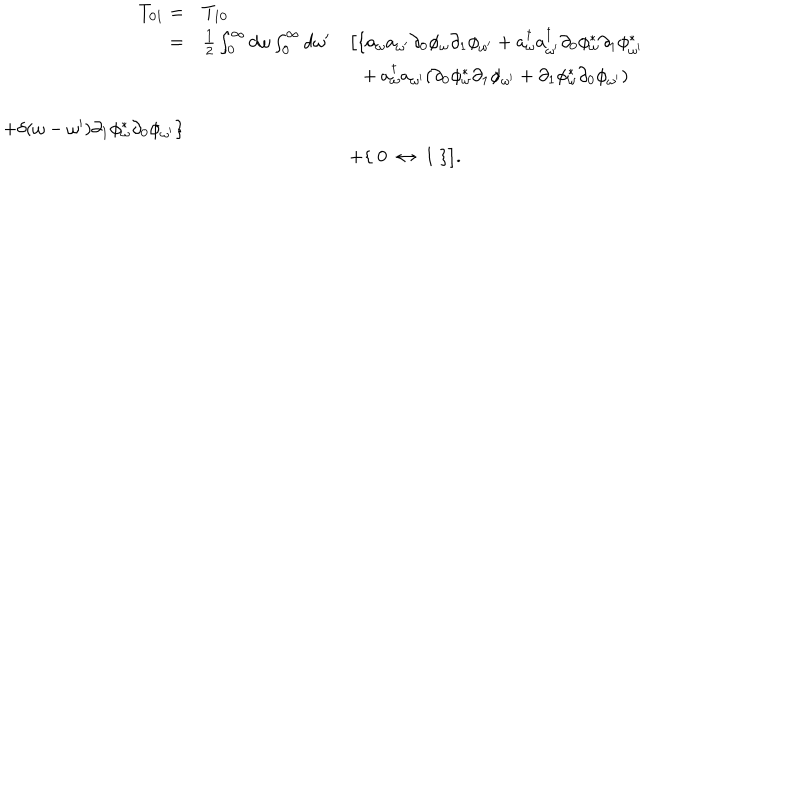
\begin{array} { r l l } { { T _ { 0 1 } = } } & { { T _ { 1 0 } } } & { { } } \\ { { = } } & { { { \frac { 1 } { 2 } } \int _ { 0 } ^ { \infty } d \omega \int _ { 0 } ^ { \infty } d \omega ^ { \prime } } } & { { \big [ \{ a _ { \omega } a _ { \omega ^ { \prime } } \partial _ { 0 } \phi _ { \omega } \partial _ { 1 } \phi _ { \omega ^ { \prime } } + a _ { \omega } ^ { \dagger } a _ { \omega ^ { \prime } } ^ { \dagger } \partial _ { 0 } \phi _ { \omega } ^ { \ast } \partial _ { 1 } \phi _ { \omega ^ { \prime } } ^ { \ast } } } \\ { { } } & { { } } & { { \ \ + a _ { \omega } ^ { \dagger } a _ { \omega ^ { \prime } } ( \partial _ { 0 } \phi _ { \omega } ^ { \ast } \partial _ { 1 } \phi _ { \omega ^ { \prime } } + \partial _ { 1 } \phi _ { \omega } ^ { \ast } \partial _ { 0 } \phi _ { \omega ^ { \prime } } ) } } \\ { { } } & { { } } & { { } } \\ { { + \delta ( \omega - \omega ^ { \prime } ) \partial _ { 1 } \phi _ { \omega } ^ { \ast } \partial _ { 0 } \phi _ { \omega ^ { \prime } } \} } } \\ { { } } & { { } } & { { + \{ \ 0 \ \leftrightarrow \ 1 \ \} \big ] . } } \\ \end{array}